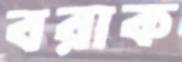
বরাক